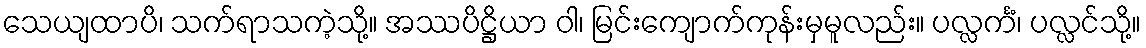
သေယျထာပိ၊ သက်ရာသကဲ့သို့။ အဿပိဋ္ဌိယာ ဝါ၊ မြင်းကျောက်ကုန်းမှမူလည်း။ ပလ္လင်္ကံ၊ ပလ္လင်သို့။